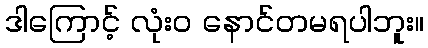
ဒါကြောင့် လုံးဝ နောင်တမရပါဘူး။